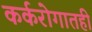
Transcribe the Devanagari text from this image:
कर्करोगातही